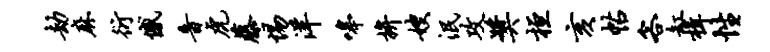
劫麻衍憾音虎藤惕洋嗥拚嫂泯攻奖桓亥帖客缸楫性